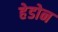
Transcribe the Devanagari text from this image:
हेडोन